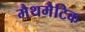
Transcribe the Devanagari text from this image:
मैथमैटिक